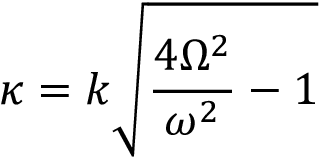
\kappa = k \sqrt { \frac { 4 \Omega ^ { 2 } } { \omega ^ { 2 } } - 1 }